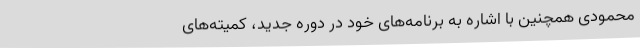
محمودی همچنین با اشاره به برنامه‌های خود در دوره جدید، کمیته‌های